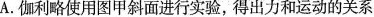
A.伽利略使用图甲斜面进行实验，得出力和运动的关系